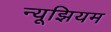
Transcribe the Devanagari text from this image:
न्यूझियम